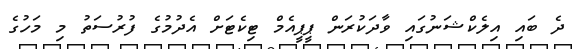
ދެ ބައި އިލެކްޝަނުގައި ވާދަކުރަން ޕީޕީއެމް ޓިކެޓަށް އެދުމުގެ ފުރުސަތު މި މަހުގެ